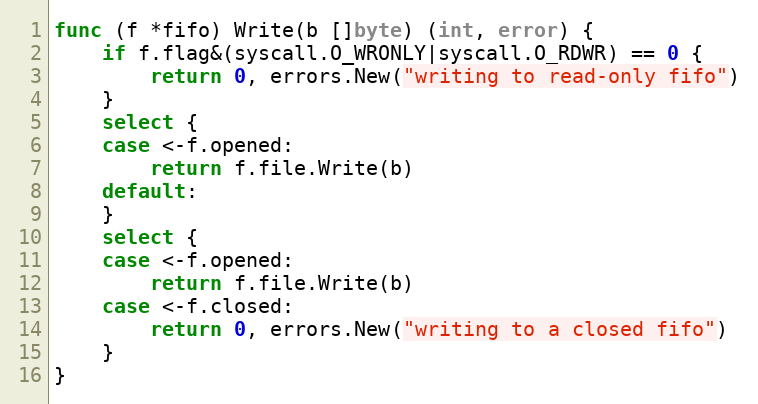
Language: Go
func (f *fifo) Write(b []byte) (int, error) {
	if f.flag&(syscall.O_WRONLY|syscall.O_RDWR) == 0 {
		return 0, errors.New("writing to read-only fifo")
	}
	select {
	case <-f.opened:
		return f.file.Write(b)
	default:
	}
	select {
	case <-f.opened:
		return f.file.Write(b)
	case <-f.closed:
		return 0, errors.New("writing to a closed fifo")
	}
}